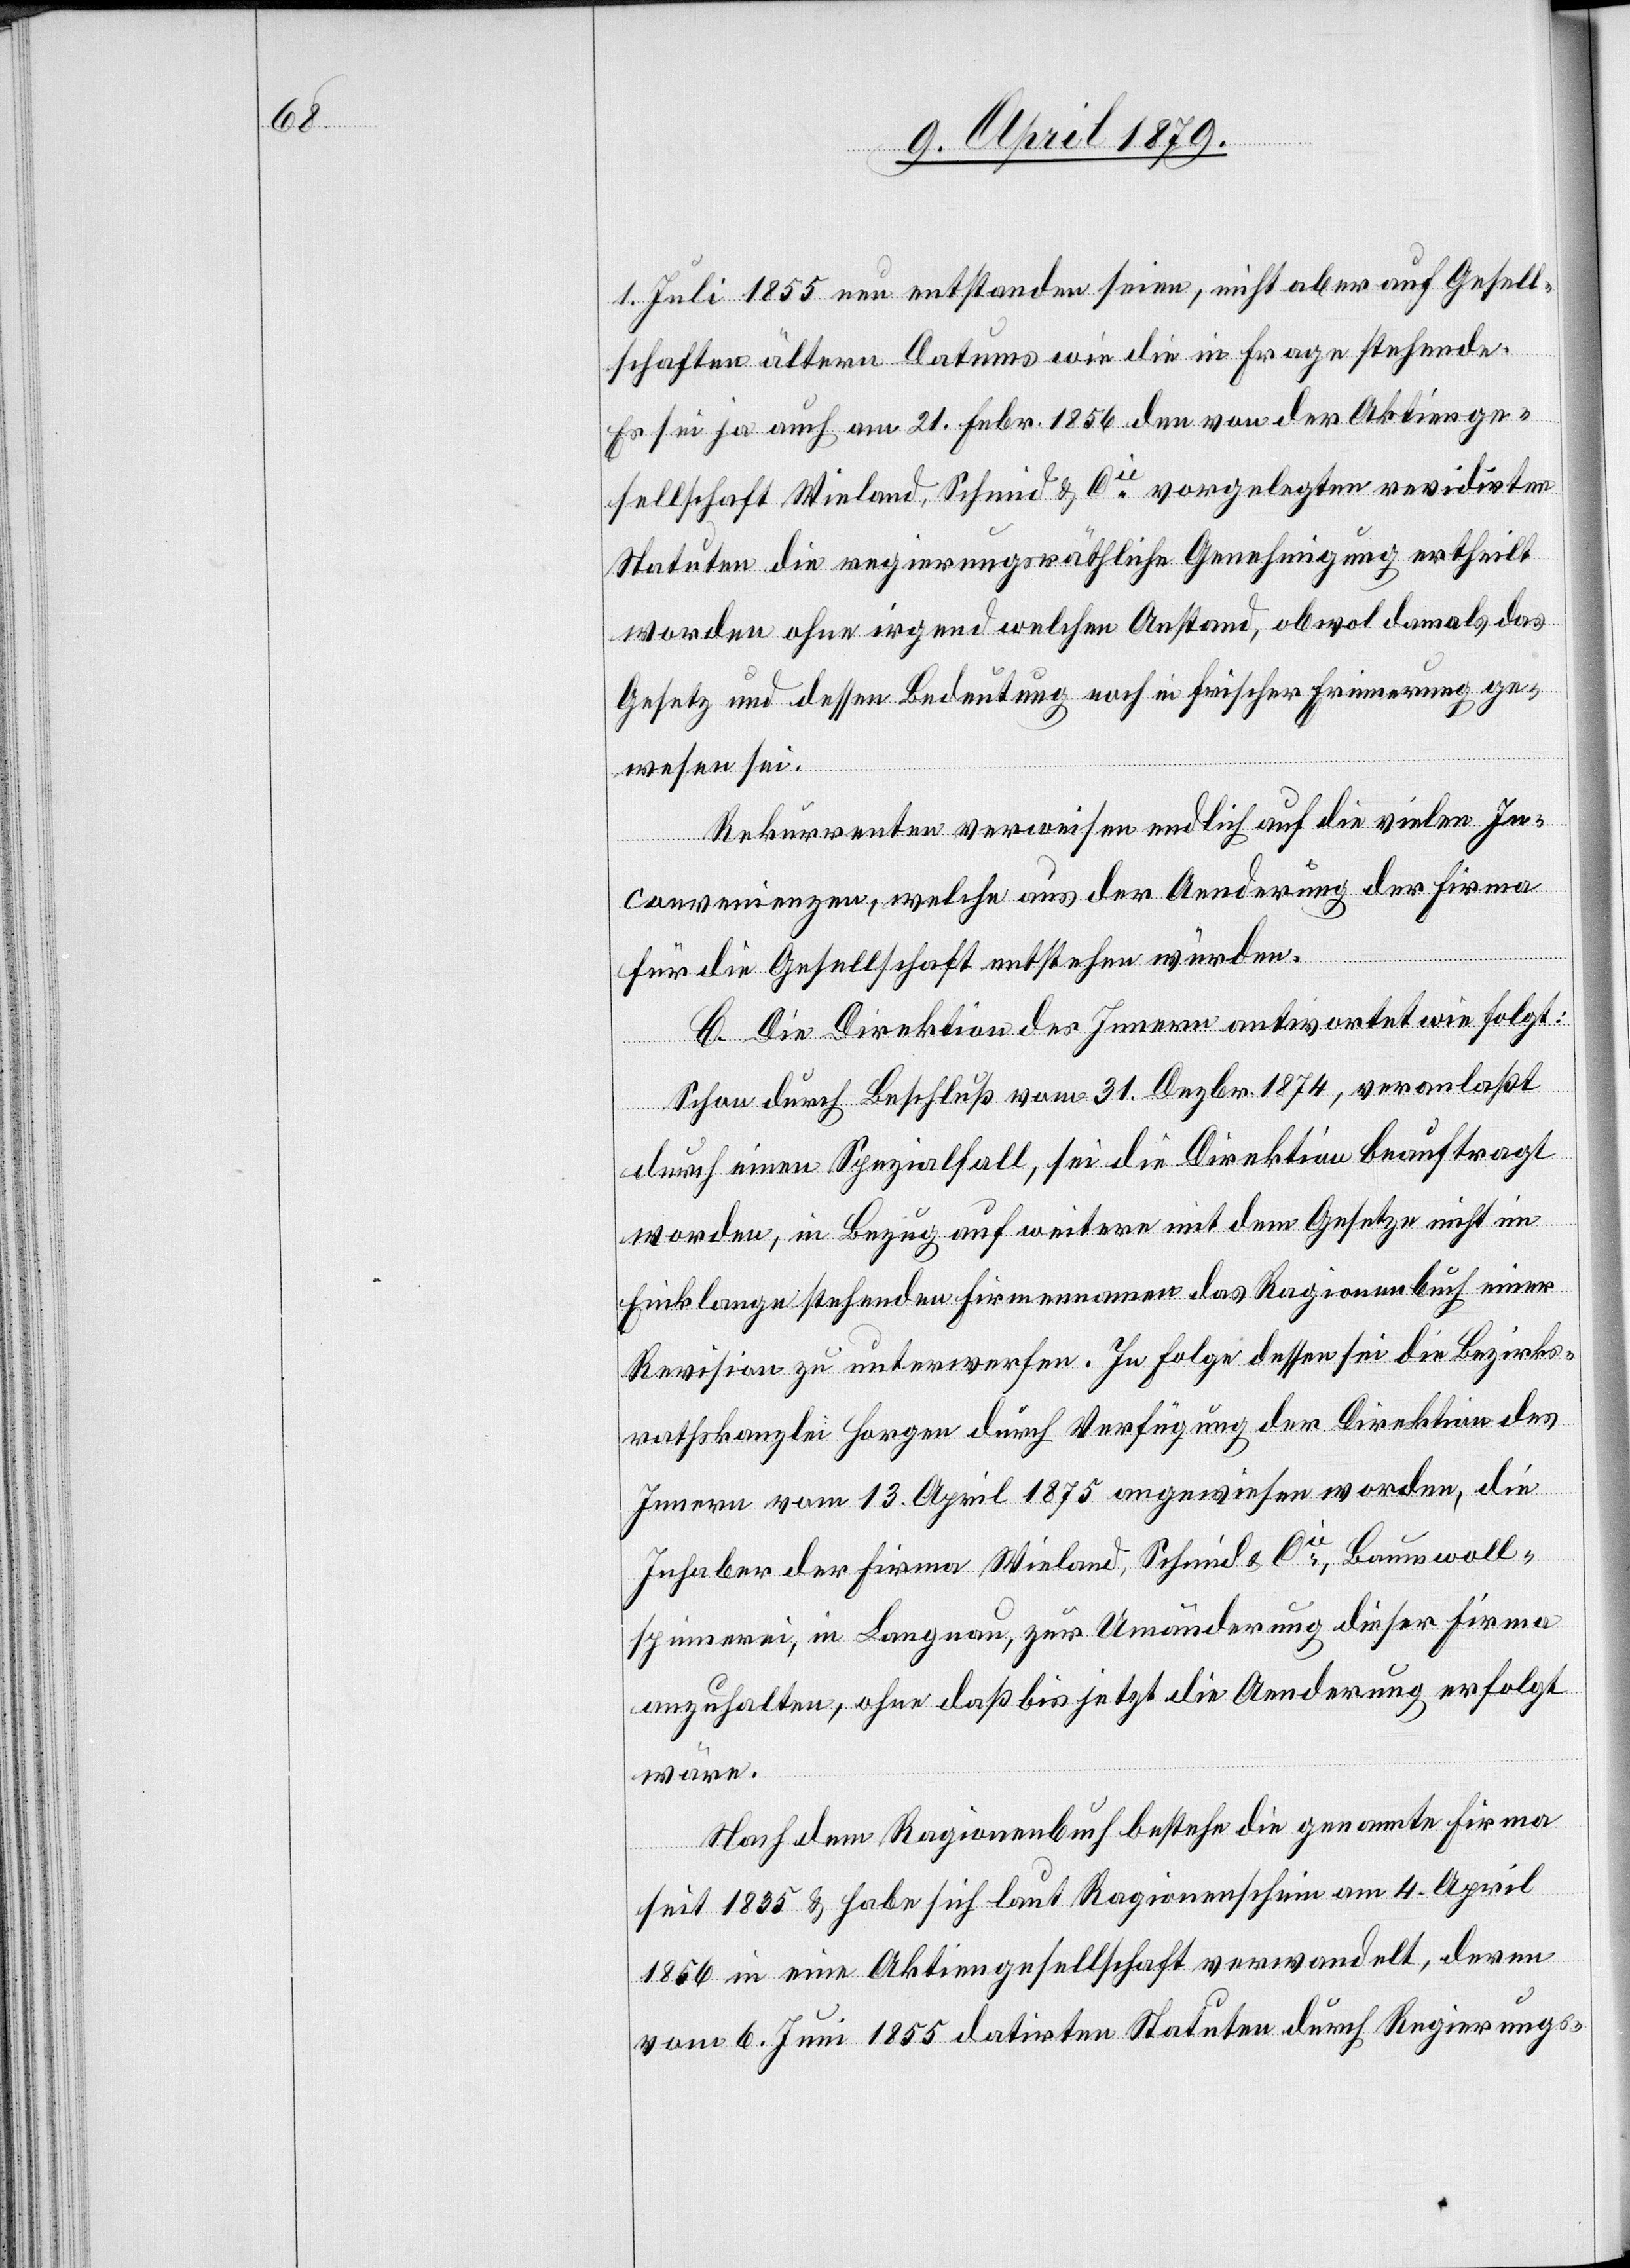
1. Juli 1855 neu entstanden seien, nicht aber auf Gesell¬
schaften ältern Datums wie die in Frage stehende.
Es sei ja auch am 21. Febr. 1856 den von der Aktienge¬
sellschaft Wieland, Schmid & Cie vorgelegten revidirten
Statuten die regierungsräthliche Genehmigung ertheilt
worden ohne irgend welchen Anstand, obwol damals das
Gesetz und dessen Bedeutung noch in frischer Erinnerung ge¬
wesen sei.
Rekurrenten verweisen endlich auf die vielen In¬
convenienzen, welche aus der Aenderung der Firma
für die Gesellschaft entstehen würden.
C. Die Direktion des Innern antwortet wie folgt:
Schon durch Beschluß vom 31. Dezbr. 1874, veranlaßt
durch einen Spezialfall, sei die Direktion beauftragt
worden, in Bezug auf weitere mit dem Gesetze nicht im
Einklange stehenden Firmennamen das Ragionenbuch einer
Revision zu unterwerfen. In Folge dessen sei die Bezirks¬
rathskanzlei Horgen durch Verfügung der Direktion des
Innern vom 13. April 1875 angewiesen worden, die
Inhaber der Firma Wieland, Schmid & Cie, Baumwoll¬
spinnerei, in Langnau, zur Umänderung dieser Firma
anzuhalten, ohne daß bis jetzt die Aenderung erfolgt
wäre.
Nach dem Ragionenbuch bestehe die genannte Firma
seit 1835 & habe sich laut Ragionenschein am 4. April
1856 in eine Aktiengesellschaft verwandelt, deren
vom 6. Juni 1855 datirten [sic!] Statuten durch Regierungs-